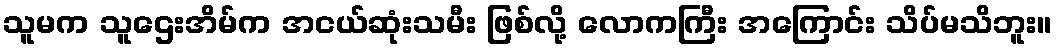
သူမက သူဌေးအိမ်က အငယ်ဆုံးသမီး ဖြစ်လို့ လောကကြီး အကြောင်း သိပ်မသိဘူး။